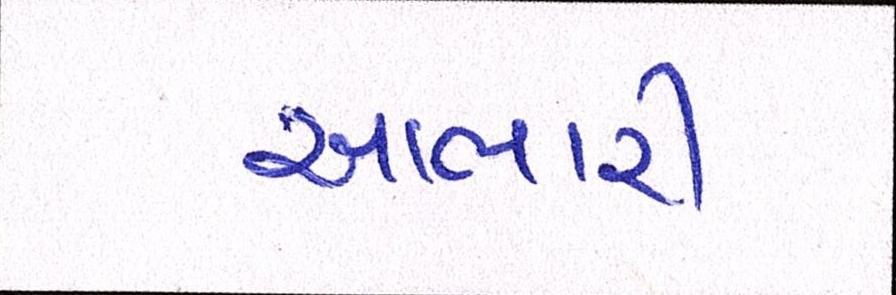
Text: આભારી